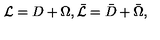
{ \cal L } = D + \Omega , \bar { \cal L } = \bar { D } + \bar { \Omega } ,